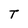
Character: T